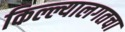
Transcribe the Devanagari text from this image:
किल्ल्यालगतचा